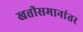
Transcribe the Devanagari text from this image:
खत्तीसमानांतर